Insane asylums in Bengal annual reports 1867-1875 - 1867-1875
Year: 1867
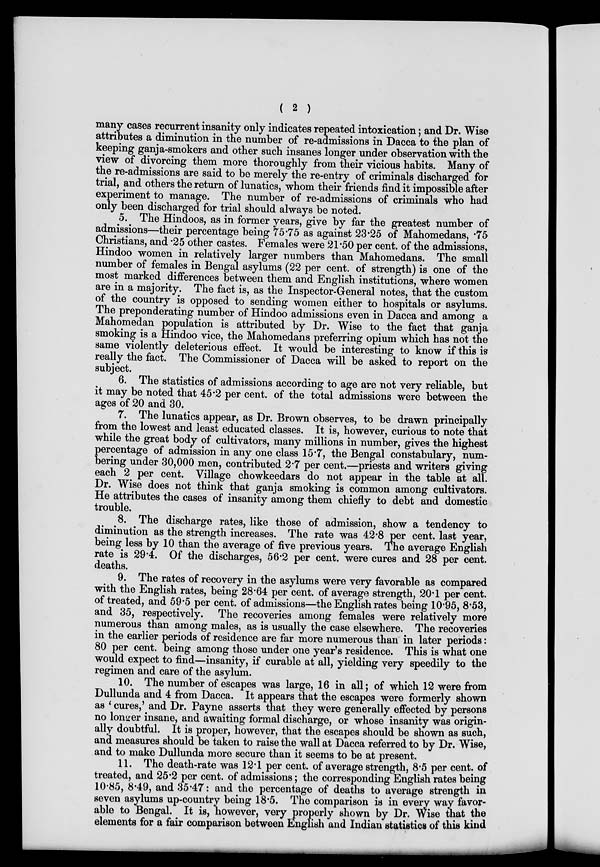
( 2 )
many cases recurrent insanity only indicates repeated intoxication; and Dr. Wise
attributes a diminution in the number of re-admissions in Dacca to the plan of
keeping ganja-smokers and other such insanes longer under observation with the
view of divorcing them more thoroughly from their vicious habits. Many of
the re-admissions are said to be merely the re-entry of criminals discharged for
trial, and others the return of lunatics, whom their friends find it impossible after
experiment to manage. The number of re-admissions of criminals who had
only been discharged for trial should always be noted.
5. The Hindoos, as in former years, give by far the greatest number of
admissions—their percentage being 75.75 as against 23.25 of Mahomedans, .75
Christians, and .25 other castes. Females were 21.50 per cent. of the admissions,
Hindoo women in relatively larger numbers than Mahomedans. The small
number of females in Bengal asylums (22 per cent. of strength) is one of the
most marked differences between them and English institutions, where women
are in a majority. The fact is, as the Inspector-General notes, that the custom
of the country is opposed to sending women either to hospitals or asylums.
The preponderating number of Hindoo admissions even in Dacca and among a
Mahomedan population is attributed by Dr. Wise to the fact that ganja
smoking is a Hindoo vice, the Mahomedans preferring opium which has not the
same violently deleterious effect. It would be interesting to know if this is
really the fact. The Commissioner of Dacca will be asked to report on the
subject.
6. The statistics of admissions according to age are not very reliable, but
it may be noted that 45.2 per cent. of the total admissions were between the
ages of 20 and 30.
7. The lunatics appear, as Dr. Brown observes, to be drawn principally
from the lowest and least educated classes. It is, however, curious to note that
while the great body of cultivators, many millions in number, gives the highest
percentage of admission in any one class 15.7, the Bengal constabulary, num-
bering under 30,000 men, contributed 2.7 per cent.—priests and writers giving
each 2 per cent. Village chowkeedars do not appear in the table at all.
Dr. Wise does not think that ganja smoking is common among cultivators.
He attributes the cases of insanity among them chiefly to debt and domestic
trouble.
8. The discharge rates, like those of admission, show a tendency to
diminution as the strength increases. The rate was 42.8 per cent. last year,
being less by 10 than the average of five previous years. The average English
rate is 29.4. Of the discharges, 56.2 per cent. were cures and 28 per cent.
deaths.
9. The rates of recovery in the asylums were very favorable as compared
with the English rates, being 28.64 per cent. of average strength, 20.1 per cent.
of treated, and 59.5 per cent. of admissions—the English rates being 10.95, 8.53,
and 35, respectively. The recoveries among females were relatively more
numerous than among males, as is usually the case elsewhere. The recoveries
in the earlier periods of residence are far more numerous than in later periods:
80 per cent. being among those under one year's residence. This is what one
would expect to find—insanity, if curable at all, yielding very speedily to the
regimen and care of the asylum.
10. The number of escapes was large, 16 in all; of which 12 were from
Dullunda and 4 from Dacca. It appears that the escapes were formerly shown
as 'cures,' and Dr. Payne asserts that they were generally effected by persons
no longer insane, and awaiting formal discharge, or whose insanity was origin-
ally doubtful. It is proper, however, that the escapes should be shown as such,
and measures should be taken to raise the wall at Dacca referred to by Dr. Wise,
and to make Dullunda more secure than it seems to be at present.
11. The death-rate was 12.1 per cent. of average strength, 8.5 per cent. of
treated, and 25.2 per cent. of admissions; the corresponding English rates being
10.85, 8.49, and 35.47: and the percentage of deaths to average strength in
seven asylums up-country being 18.5. The comparison is in every way favor-
able to Bengal. It is, however, very properly shown by Dr. Wise that the
elements for a fair comparison between English and Indian statistics of this kind